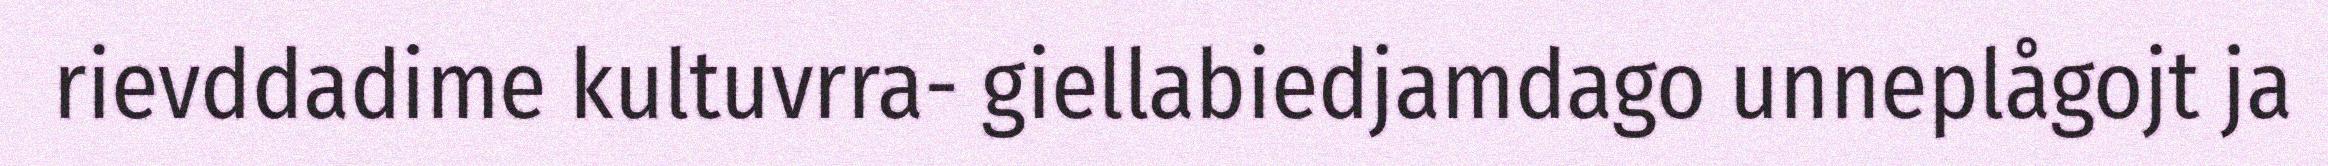
rievddadime kultuvrra- giellabiedjamdago unneplågojt ja